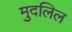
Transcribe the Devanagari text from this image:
मुदलिल